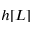
h [ L ]